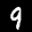
Label: 9